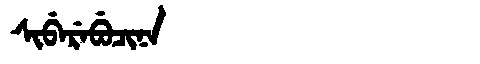
Manchu: ᠰᡳᠪᡝᡵᡝᠪᡠᠴᡳᠨᠠ
Romanization: SIBEREBUCINA